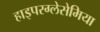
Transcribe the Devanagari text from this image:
हाइपरग्लेसेमिया